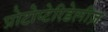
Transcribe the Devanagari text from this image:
प्रोटोप्टेरिडेलीज़